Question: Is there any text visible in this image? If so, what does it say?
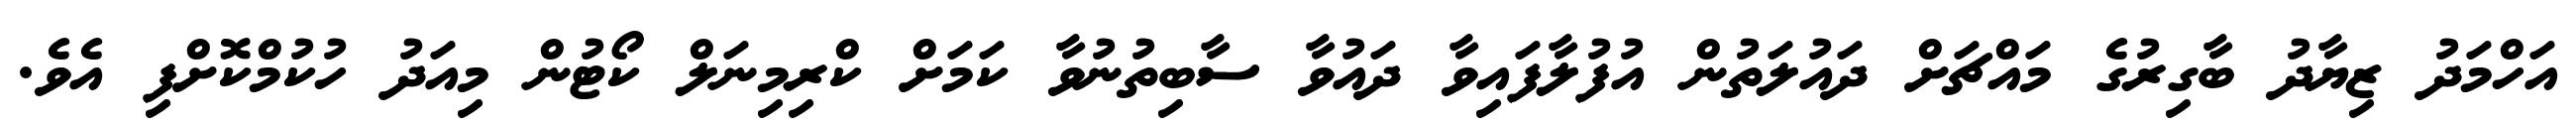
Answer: އަހްމަދު ޒިޔާދު ބާގިރުގެ މައްޗަށް ދައުލަތުން އުފުލާފައިވާ ދައުވާ ސާބިތުނުވާ ކަމަށް ކްރިމިނަލް ކޯޓުން މިއަދު ހުކުމްކޮށްފި އެވެ.